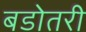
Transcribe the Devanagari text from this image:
बडोतरी